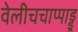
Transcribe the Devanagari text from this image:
वेलीचचाप्पाड्डू